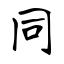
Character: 同